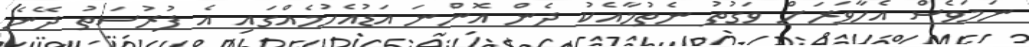
ނަމަވެސް އެހާވަރަށް ވަގުތު ނެތުމާއެކު ދެން އޮންނަ އަޑުއެހުމެއްގައި އެ ފުރުސަތު ދޭނެ